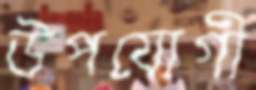
উপযোগী